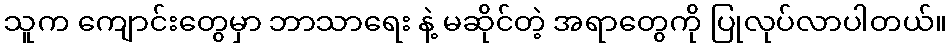
သူက ကျောင်းတွေမှာ ဘာသာရေး နဲ့ မဆိုင်တဲ့ အရာတွေကို ပြုလုပ်လာပါတယ်။